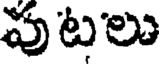
పుటలు